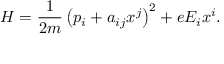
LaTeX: H = \frac { 1 } { 2 m } \left( p _ { i } + a _ { i j } x ^ { j } \right) ^ { 2 } + e E _ { i } x ^ { i } .